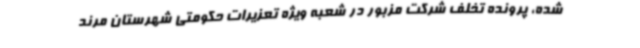
شده، پرونده تخلف شرکت مزبور در شعبه ویژه تعزیرات حکومتی شهرستان مرند